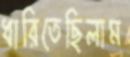
ধারিতেছিলাম